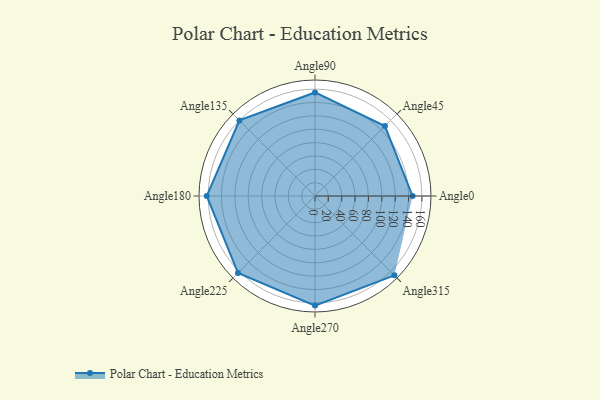
{"axis": {"x": "Angle", "y": "Radius"}, "legend": [""], "data": [{"x": "Angle0", "y": 146.0, "type": ""}, {"x": "Angle45", "y": 148.0, "type": ""}, {"x": "Angle90", "y": 155.0, "type": ""}, {"x": "Angle135", "y": 160.0, "type": ""}, {"x": "Angle180", "y": 162.0, "type": ""}, {"x": "Angle225", "y": 163.0, "type": ""}, {"x": "Angle270", "y": 164.0, "type": ""}, {"x": "Angle315", "y": 168.0, "type": ""}]}